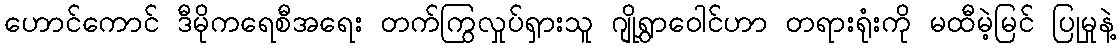
ဟောင်ကောင် ဒီမိုကရေစီအရေး တက်ကြွလှုပ်ရှားသူ ဂျိုရွှာဝေါင်ဟာ တရားရုံးကို မထီမဲ့မြင် ပြုမှုနဲ့